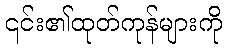
၎င်း၏ထုတ်ကုန်များကို